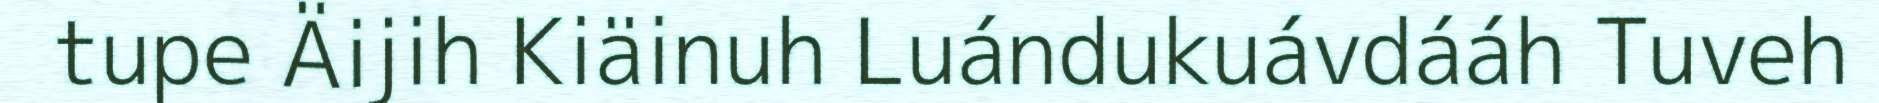
tupe Äijih Kiäinuh Luándukuávdááh Tuveh